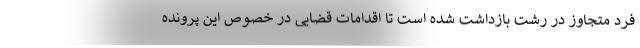
فرد متجاوز در رشت بازداشت شده است تا اقدامات قضایی در خصوص این پرونده